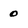
Character: 0